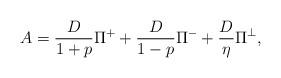
LaTeX: \begin{align*} A = \frac{D}{1+p}\Pi^+ + \frac{D}{1-p}\Pi^- + \frac{D}{\eta}\Pi^\perp , \end{align*}